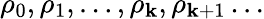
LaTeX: \rho_{0},\rho_{1},\dots,\rho_{\mathbf{k}},\rho_{\mathbf{k}+1}\dots